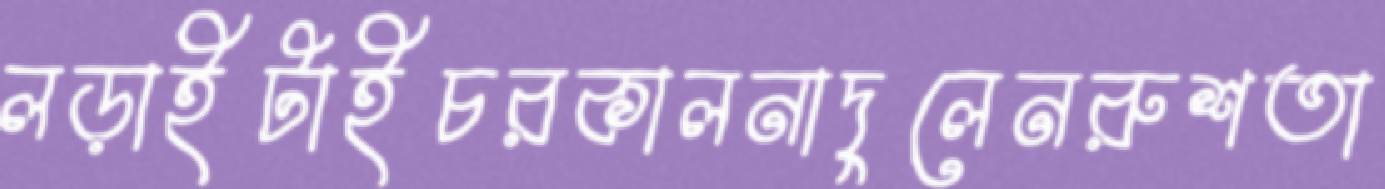
লড়াইটাইচরকালনাদুলেনরুশতা